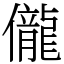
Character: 儱